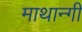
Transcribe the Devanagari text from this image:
माथान्गी